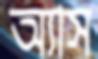
অ্যাস